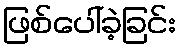
ဖြစ်ပေါ်ခဲ့ခြင်း